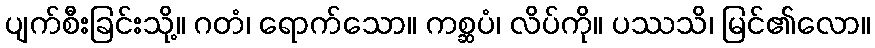
ပျက်စီးခြင်းသို့။ ဂတံ၊ ရောက်သော။ ကစ္ဆပံ၊ လိပ်ကို။ ပဿသိ၊ မြင်၏လော။